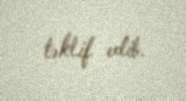
təklif edib.